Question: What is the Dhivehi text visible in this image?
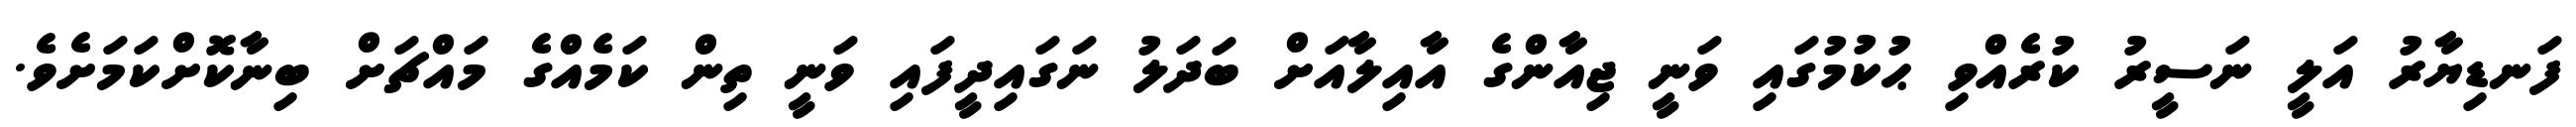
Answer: ފަނޑިޔާރު އަލީ ނަސީރު ކުރެއްވި ޙުކުމުގައި ވަނީ ޖިއާންގެ އާއިލާއަށް ބަދަލު ނަގައިދީފައި ވަނީ ތިން ކަމެއްގެ މައްޗަށް ބިނާކޮށްކަމަށެވެ.